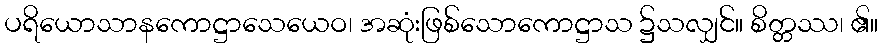
ပရိယောသာနကောဋ္ဌာသေယေဝ၊ အဆုံးဖြစ်သောကောဋ္ဌာသ ၌သလျှင်။ စိတ္တဿ၊ ၏။